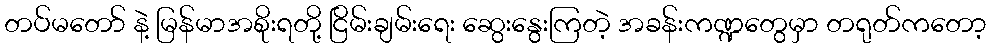
တပ်မတော် နဲ့ မြန်မာအစိုးရတို့ ငြိမ်းချမ်းရေး ဆွေးနွေးကြတဲ့ အခန်းကဏ္ဍတွေမှာ တရုတ်ကတော့